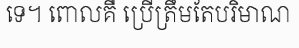
ទេ។ ពោលគឺ ប្រើត្រឹមតែបរិមាណ